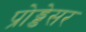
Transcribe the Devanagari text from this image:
प्रोड्डेसर